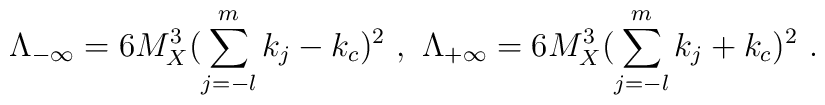
\Lambda_{-\infty}= 6 M_X^3 (\sum_{j=-l}^m k_j-k_c)^2~,~ \Lambda_{+\infty}= 6 M_X^3 (\sum_{j=-l}^m k_j+ k_c)^2~.~\,